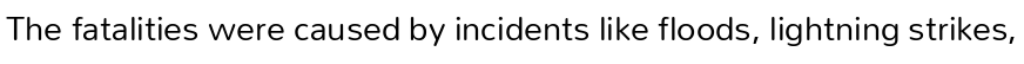
The fatalities were caused by incidents like floods, lightning strikes,